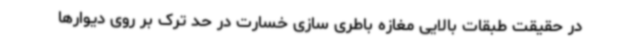
در حقیقت طبقات بالایی مغازه باطری سازی خسارت در حد ترک بر روی دیوارها